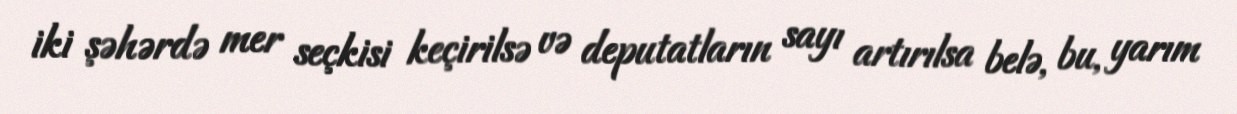
iki şəhərdə mer seçkisi keçirilsə və deputatların sayı artırılsa belə, bu, yarım